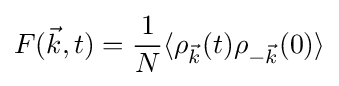
F({\vec {k}},t)={\frac {1}{N}}\langle \rho _{\vec {k}}(t)\rho _{-{\vec {k}}}(0)\rangle